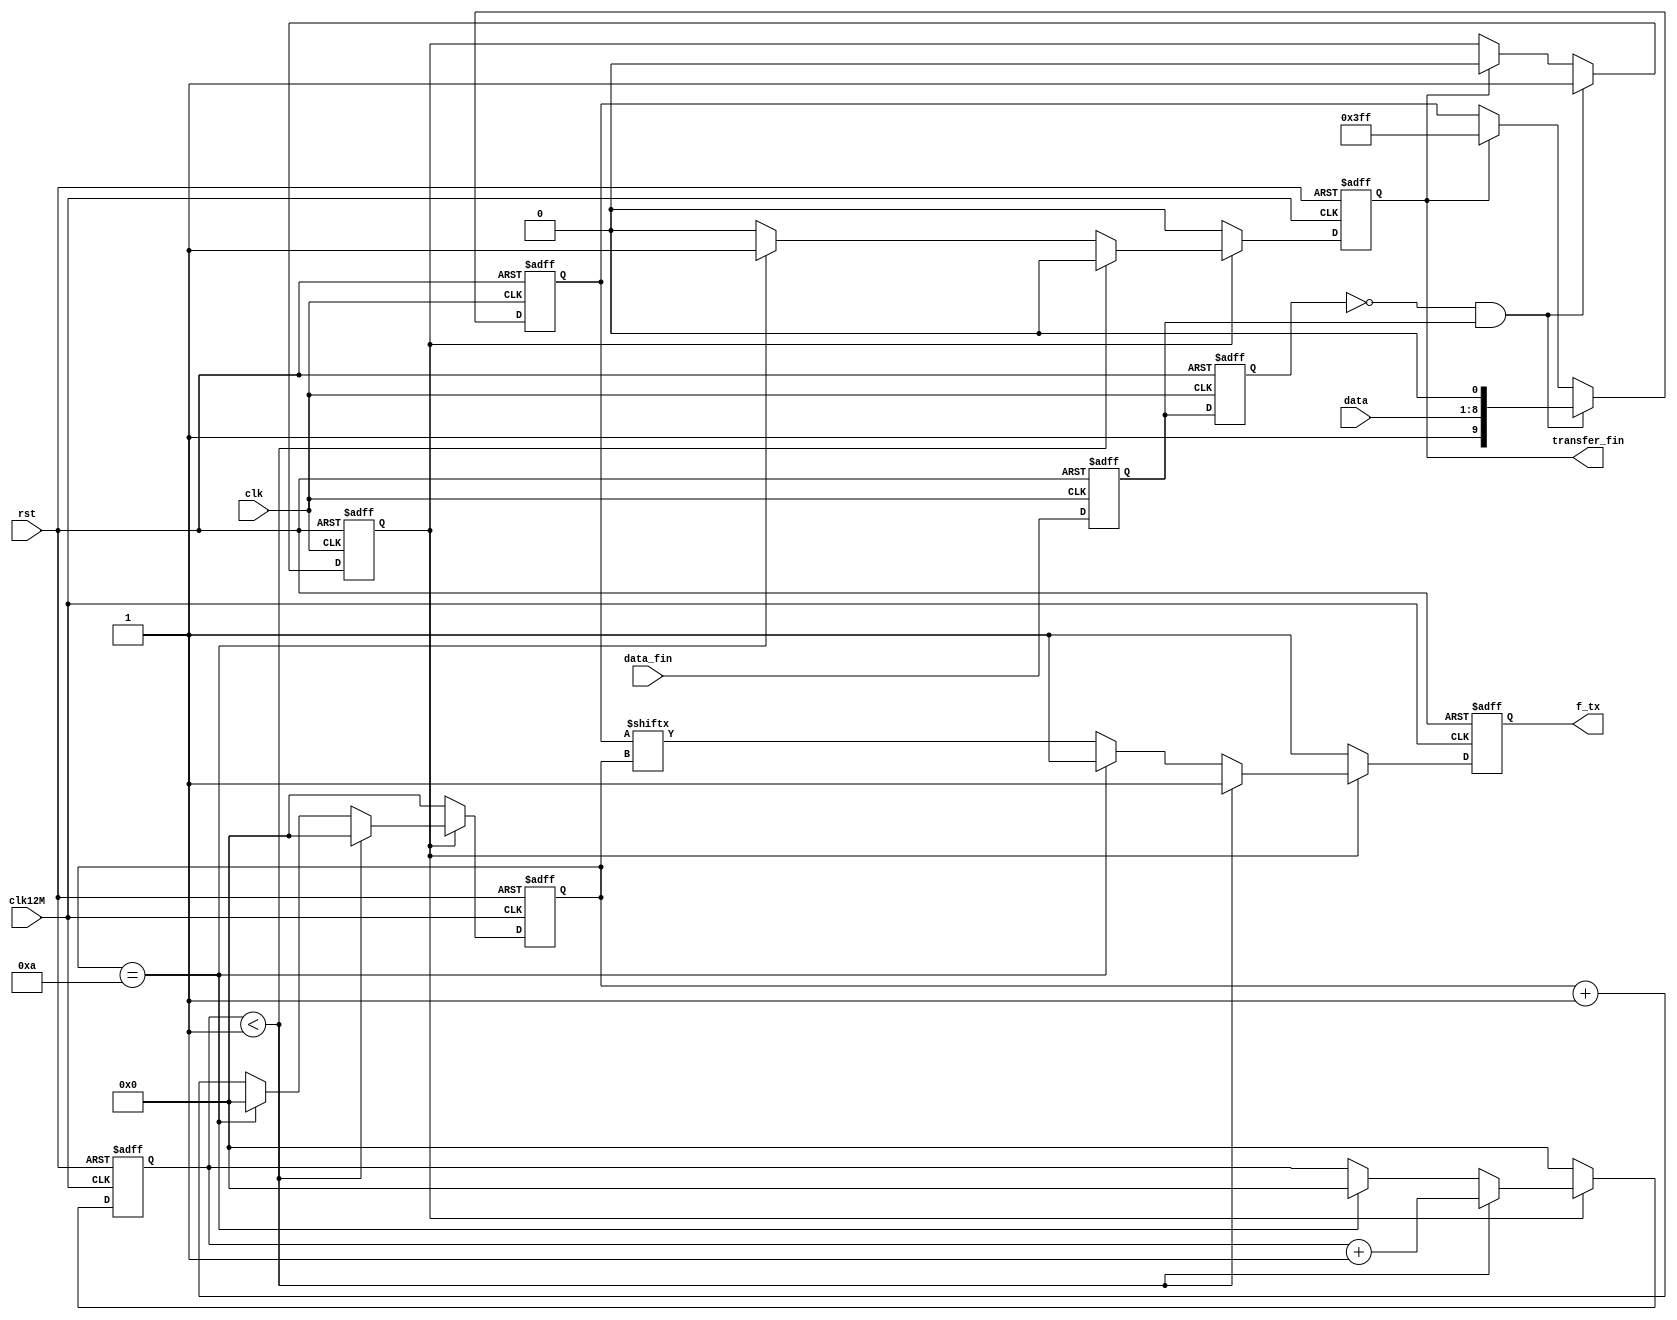
module UART_TX(
    input clk,clk12M,
	 input rst,
	 input[7:0] data,               //
	 input data_fin,                //,1	
    output reg transfer_fin,       //	 
	 output reg f_tx                //UARTTX
    );
	
reg [3:0] cnt,cnt1;
reg en_transfer;
reg [9:0]data_send;
reg data_fin_1,data_fin_2;
wire pos_data_fin;

   
always @(posedge clk or posedge rst)
begin
  if(rst) begin data_fin_1<=0;data_fin_2<=0; end
  else    begin data_fin_2<=data_fin_1;data_fin_1<=data_fin;  end
end
assign pos_data_fin= ~data_fin_2 & data_fin_1;

always @(posedge clk or posedge rst)
begin
  if(rst) begin data_send<=0; en_transfer<=0; end
  else
    begin 
      if(pos_data_fin)      begin  data_send<={1'b1,data,1'b0};en_transfer<=1; end
		else if(transfer_fin) begin  data_send<=10'b1111111111;en_transfer<=0; end
      else                  begin  data_send<=data_send; en_transfer<=en_transfer; end		
	 end
end

//**************************************//        
always @(posedge clk12M or posedge rst)
begin
  if(rst) 
    begin
	   f_tx<=1;
		cnt<=0;
		cnt1<=0;
		transfer_fin<=0;
	 end
  else
    begin
      if(en_transfer)
		  begin
		    if(cnt1<1) begin f_tx<=1;cnt<=0;cnt1<=cnt1+1;transfer_fin<=0; end   //en_transfer0
			 else if(cnt==10)
			   begin
				f_tx<=1;
				cnt<=0;
				cnt1<=0;
				transfer_fin<=1;
				end
			 else
			   begin
				f_tx<= data_send[cnt];
		      cnt<=cnt+1;
				cnt1<=cnt1;
				transfer_fin<=0;
				end
		  end
		else
		  begin
         f_tx<=1;
		   cnt<=0;
			cnt1<=0;
		   transfer_fin<=0;
			
        end		  
    end	  
end
//*****************************************************//


endmodule